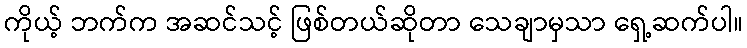
ကိုယ့် ဘက်က အဆင်သင့် ဖြစ်တယ်ဆိုတာ သေချာမှသာ ရှေ့ဆက်ပါ။